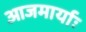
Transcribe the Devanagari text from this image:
आजमार्याः